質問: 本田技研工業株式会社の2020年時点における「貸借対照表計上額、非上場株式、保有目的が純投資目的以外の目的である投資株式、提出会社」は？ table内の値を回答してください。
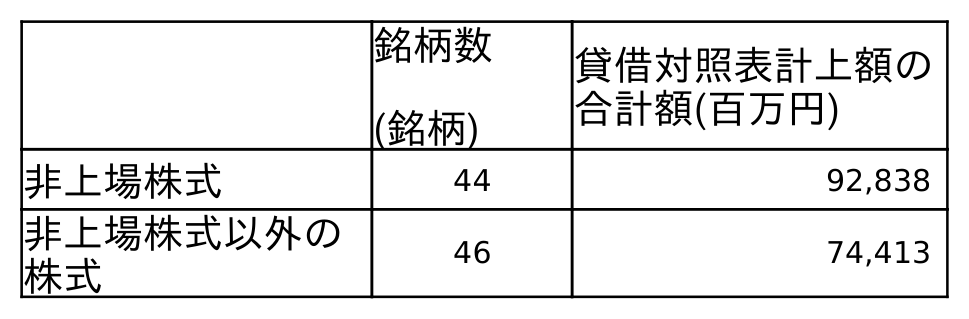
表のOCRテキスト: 銘柄数 (銘柄) 貸借対照表計上額の 合計額(百万円) 非上場株式 44 92,838 非上場株式以外の 株式 46 74,413
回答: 92,838